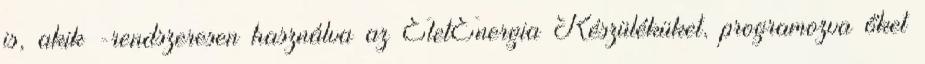
is, akik -rendszeresen használva az ÉletEnergia Készüléküket, programozva őket